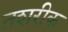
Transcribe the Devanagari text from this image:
तशरीक